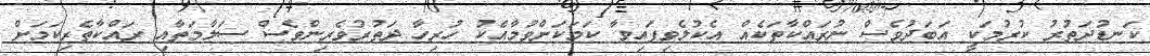
ކަނޑުދަތުރު ކުރުމަކީ އަބަދުވެސް ނުރައްކާތަކެއް އެކުލެވިފައިވާ ކަމަކަށްވުމާއެކު ހުރިހާ ދަތުރުވެރިންވެސް ސަލާމަތާއި ރައްކާތެރިކަަަމަށް